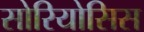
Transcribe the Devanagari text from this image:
सोरियोसिस